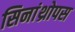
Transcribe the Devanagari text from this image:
सिनांथ्रोपस